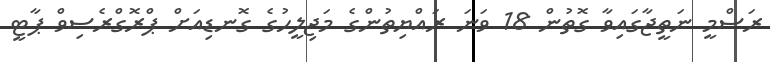
ރަސްމީ ނަތީޖާގައިވާ ގޮތުން 18 ވަނަ ރައްޔިތުންގެ މަޖިލީހުގެ ގޮނޑިއަށް ޕްރޮގްރެސިވް ޕާޓީ